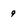
Character: 9